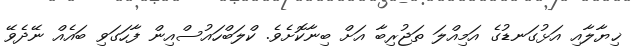
ޚިޔާލާއި އަޅުގަނޑުގެ އަމިއްލަ ތަޖުރިބާ އަށް ބިނާކޮށެވެ. ކްލަބްހައުސްއިން ފާހަގަވި ބައެއް ނޭދެވޭ